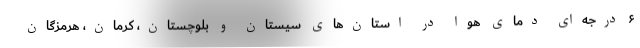
۶ درجه‌ای دمای هوا در استان‌های سیستان و بلوچستان، کرمان، هرمزگان